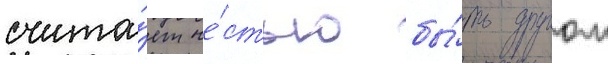
счита́ет че́стью бы́ть другом